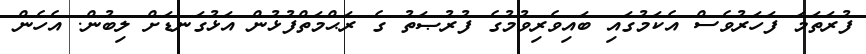
ފުރަތަމަ ފަހަރުވެސް އެކަމުގައި ބައިވެރިވުމުގެ ފުރުޞަތު ގެ ރަޙްމަތްފުޅުން އަޅުގަނޑަށް ލިބުން. އެހެން